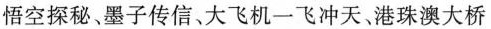
悟空探秘、墨子传信、大飞机一飞冲天、港珠澳大桥